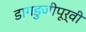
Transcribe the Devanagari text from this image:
डागडुजीपूर्वी